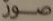
صور